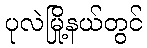
ပုလဲမြို့နယ်တွင်